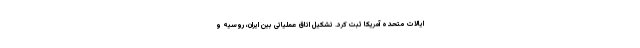
ایالات متحده آمریکا ثبت کرد. تشکیل اتاق عملیاتی بین ایران، روسیه و